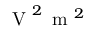
\mathrm { ~ V ~ } ^ { 2 } \, \mathrm { ~ m ~ } ^ { 2 }